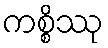
ကစ္စိဿု